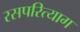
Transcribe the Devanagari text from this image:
रसपरित्याग